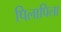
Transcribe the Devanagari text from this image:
पिलापिला